Vaccination Hyderabad 1872-1889 - 1872-1889
Year: 1872
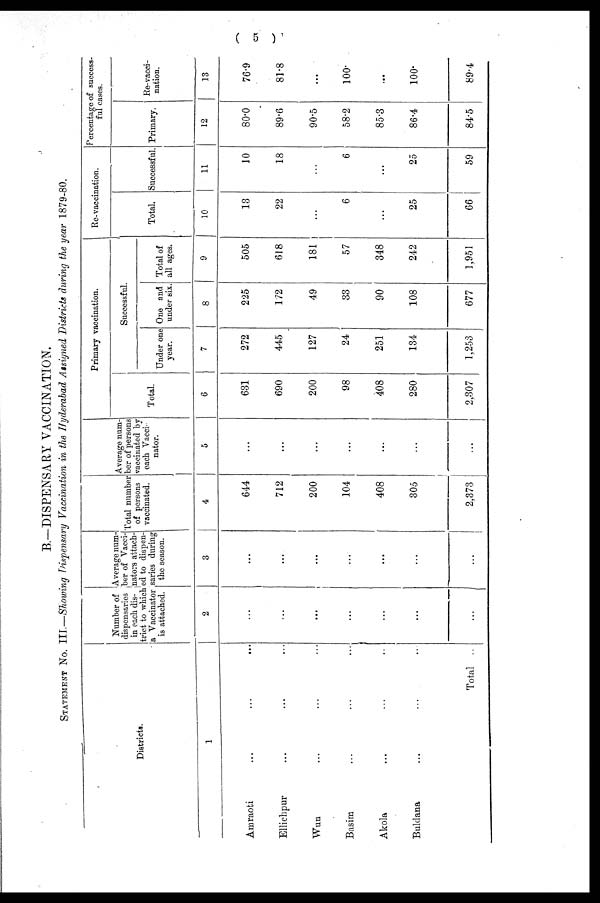
( 5 )
B.—DISPENSARY VACCINATION.
STATEMENT No. III.—Showing Dispensary Vaccination in the Hyderabad Assigned Districts during the year 1879-80.
Districts.
1
Amraoti ... ... ...
Ellichpur ... ... ...
Wun ... ... ...
Basim ... ... ...
Akola ... ... ...
Buldana ... ... ...
Total ...
Number of
dispensaries
in each dis-
trict to which
a Vaccinator
is attached.
2
...
...
...
...
...
...
...
Average num-
ber of Vacci¬
nators attach-
ed to dispen-
saries during
the season.
3
...
...
...
...
...
...
...
Total number
of persons
vaccinated.
4
644
712
200
104
408
305
2,373
Average num-
ber of persons
vaccinated by
each Vacci-
nator.
5
...
...
...
...
...
...
...
Primary vaccination.
Total.
6
631
690
200
98
408
280
2,307
Successful.
Under one
year.
7
272
445
127
24
251
134
1,253
One and
under six.
8
225
172
49
33
90
108
677
Total of
all ages.
9
505
618
181
57
348
242
1,951
Re-vaccination.
Total.
10
13
22
...
6
...
25
66
Successful.
11
10
18
...
6
...
25
59
Percentage of success¬
ful cases.
Primary.
12
80.0
89.6
90.5
58.2
85.3
86.4
84.5
Re-vacci¬
nation.
13
76.9
81.8
...
100.
...
100.
89.4